Scientific memoirs by medical officers of the Army of India - Part III,
Year: 1887
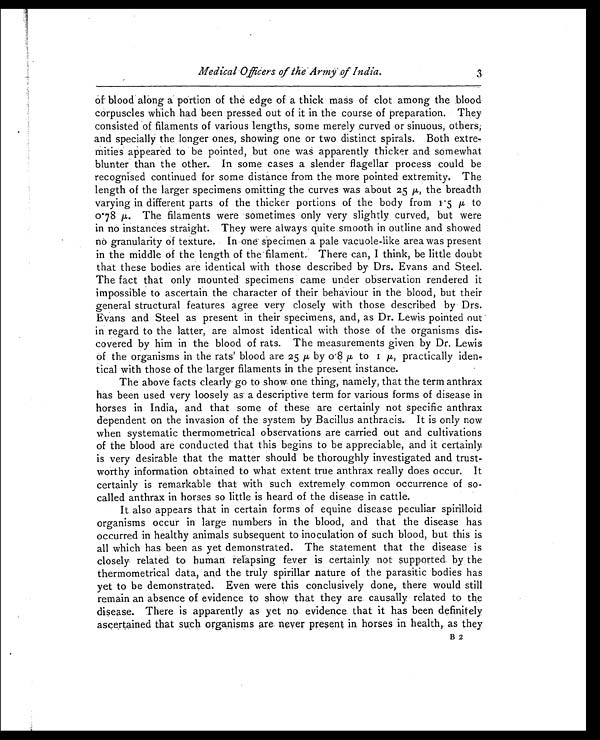
Medical Officers of Me Army' of India.
3
of blood along a portion of the edge of a thick mass of clot among the blood
corpuscles which had been pressed out of it in the course of preparation. They
consisted of filaments of various lengths, some merely .curved or sinuous, others;
and specially the longer ones, showing one or two distinct spirals. Both extre-
mities appeared to be pointed, but one was apparently thicker and somewhat
blunter than the other. In some cases a slender flagellar process could be
recognised continued for some distance from the more pointed extremity. The
length of the larger specimens omitting the curves was about 2.5 μ , the breadth
varying in different parts of the thicker portions of the body from μ 1.5 μ , to
0.78μ The filaments were sometimes only very slightly, curved, but were
in no instances straight. They were always quite smooth in outline and showed
no granularity of texture. In one- specimen a pale vacuole-like area was present
in the middle of the length of the • filament; There can, I think, be little doubt
that these bodies are identicalwith those described by Drs. Evans and Steel.
The fact that only mounted specimens came under observation rendered it
impossible to ascertain the character of their behaviour in the blood, but their
general structural features agree very closely with those described by• Drs.
Evans and Steel as present in their specimens, and, as Dr. Lewis pointed out
in regard to the latter, are almost identical with those of the organisms dis-
covered by him in the blood of rats. The measurements given by Dr. Lewis
of the organisms in the rats' blood are. 25.μ b y o . 8 p t o
ι μ ,
p r a c t i c a l l y i d e n -
tical with those of the larger filaments in the present instance.
The above facts clearly go to show one thing, namely, that the term anthrax
has been used very loosely as a descriptive term for various forms of disease in
horses in India, and that some of these are certainly not specific anthrax
dependent on the invasion of the system by Bacillus anthracis.. It is only now
when systematic thermometrical observations are carried out and cultivations
of the blood are conducted that this begins to be appreciable, and it certainly
is very desirable that the matter should be thoroughly investigated and trust-
worthy information obtained to what extent true anthrax really does occur. It
certainly is remarkable that with such extremely common occurrence of so-
called anthrax in horses so little is heard of the disease in cattle.
It also appears that in certain forms of equine disease peculiar spirilloid.
organisms occur in large numbers in the blood, and that the disease has
occurred in healthy animals subsequent to inoculation of such blood, but this is
all which has been as yet demonstrated. The statement that the disease is
closely related to human relapsing fever is certainly not supported by the
thermometrical data, and the truly spirillar nature of the parasitic bodies has
yet to be demonstrated. Even were this conclusively done, there would still
remain an absence of evidence to show that they are causally related to the
disease. There is apparently as yet no evidence that it has been definitely
ascertained that such organisms are. never present in horses in health, as they
B 2